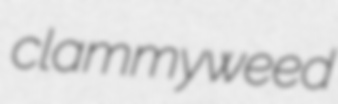
clammyweed